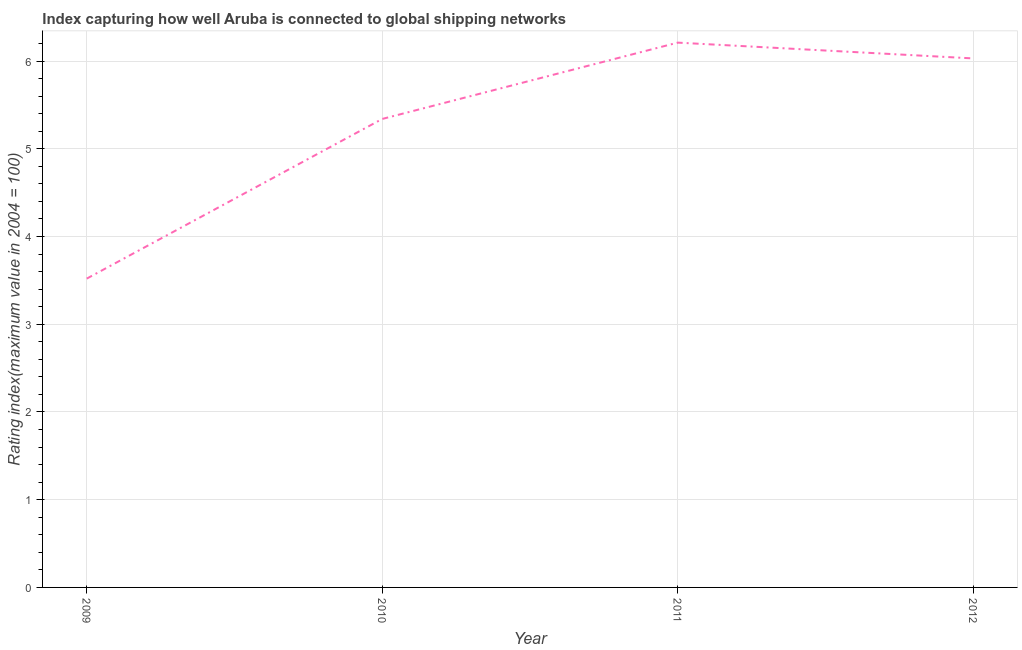
| Year | Liner shipping connectivity index  |
 | --- | --- |
 | 2009 | 3.52 |
 | 2010 | 5.34 |
 | 2011 | 6.21 |
 | 2012 | 6.03 |